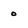
Character: 0